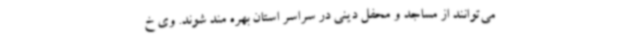
می‌توانند از مساجد و محفل دینی در سراسر استان بهره مند شوند. وی خ